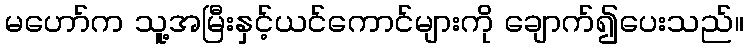
မဟော်က သူ့အမြီးနှင့်ယင်ကောင်များကို ချောက်၍ပေးသည်။